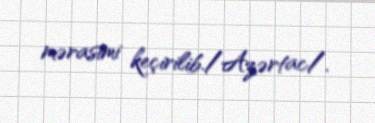
mərasimi keçirilib./Azərtac/.